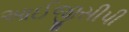
આઈજીસીપી